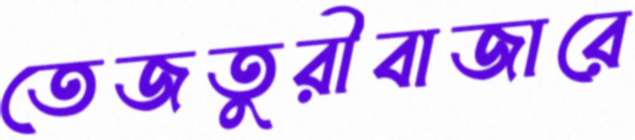
তেজতুরীবাজারে